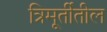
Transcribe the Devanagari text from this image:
त्रिमूर्तींतील